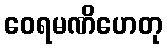
ဝေရမဏိဟေတု